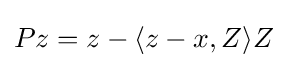
Pz=z-\langle z-x,Z\rangle Z